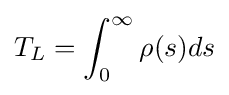
T_{L}=\int _{0}^{\infty }\rho (s)ds